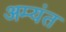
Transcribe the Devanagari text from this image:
अम्यंत